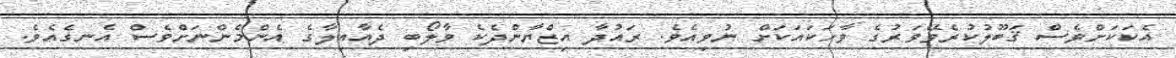
އެކަކަށްވެސް ޤަބޫލުކުރެވޭވަރުގެ ވާހަކައަކަށް ނުވިއެވެ. ރައުދާ އިޒްޔާންދެކެ ވާލޯބި ދެއާއިލާގެ އެންމެންނަށްވެސް އެނގެއެވެ.